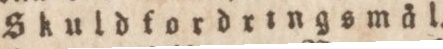
Skuldfordringsmål.